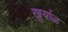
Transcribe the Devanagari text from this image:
खुर्याळ